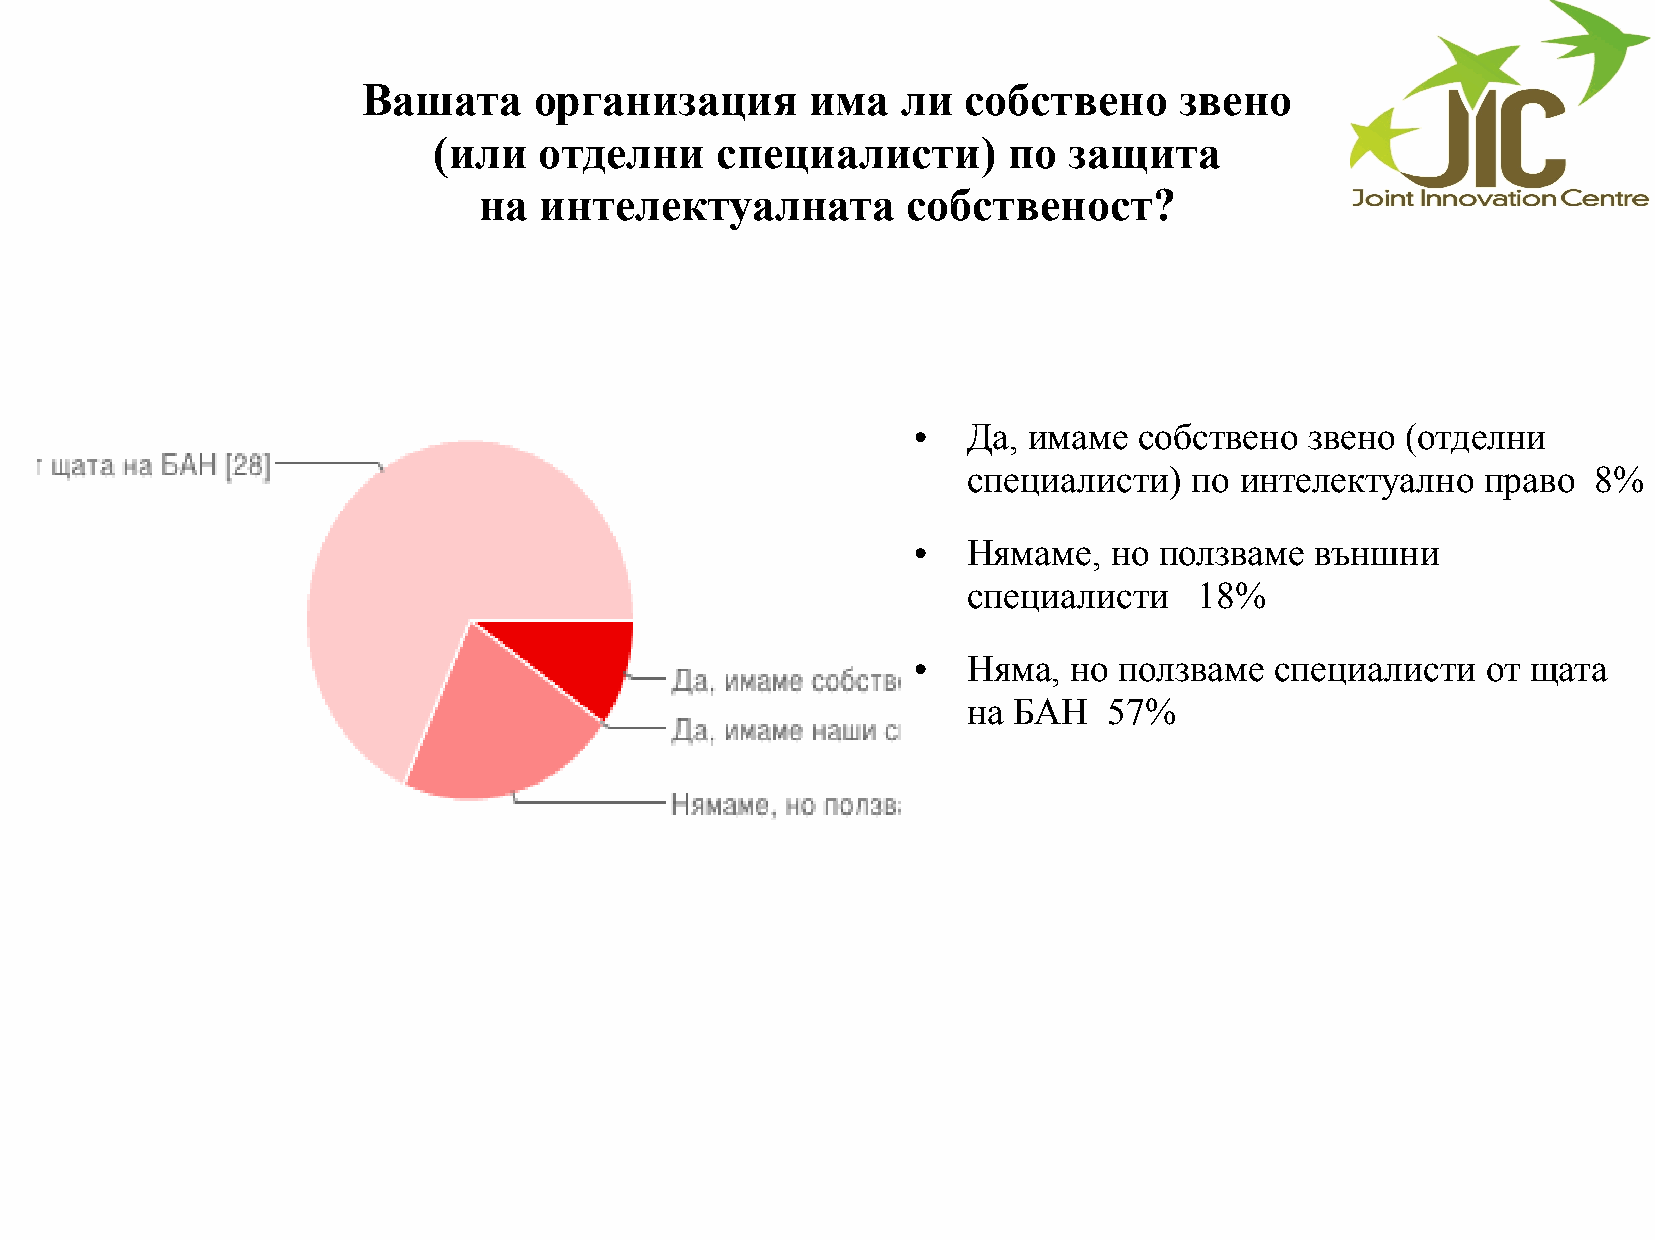
Вашата     организация        има   ли  собствено     звено
 (или   отделни    специалисти)        по  защита
 на  интелектуалната         собственост?
 Да, имаме  собствено   звено (отделни
 ●
 специалисти)   по интелектуално   право   8%
 Нямаме,  но  ползваме  външни
 ●
 специалисти    18%
 Няма,  но ползваме  специалисти   от щата
 ●
 на БАН   57%